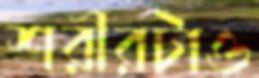
শরীরটাও